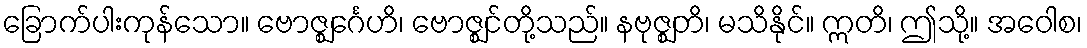
ခြောက်ပါးကုန်သော။ ဗောဇ္ဈင်္ဂေဟိ၊ ဗောဇ္ဈင်တို့သည်။ နဗုဇ္ဈတိ၊ မသိနိုင်။ ဣတိ၊ ဤသို့။ အဝေါစ၊